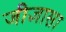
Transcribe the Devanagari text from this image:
जीज्ञासा